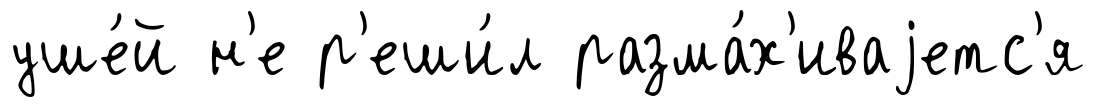
уше́й н'е р'еши́л разма́х'иваjетс'я